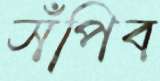
সঁপিব